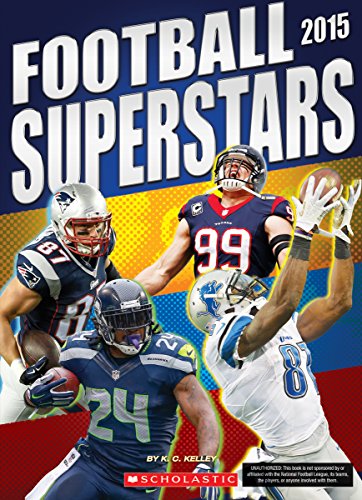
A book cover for Football Superstars 2015; K.C. Kelley; Children's Books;